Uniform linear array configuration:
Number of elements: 32
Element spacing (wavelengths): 0.75
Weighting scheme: binomial
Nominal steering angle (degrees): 15
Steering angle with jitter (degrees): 13.38
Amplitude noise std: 0.05
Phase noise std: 0.05

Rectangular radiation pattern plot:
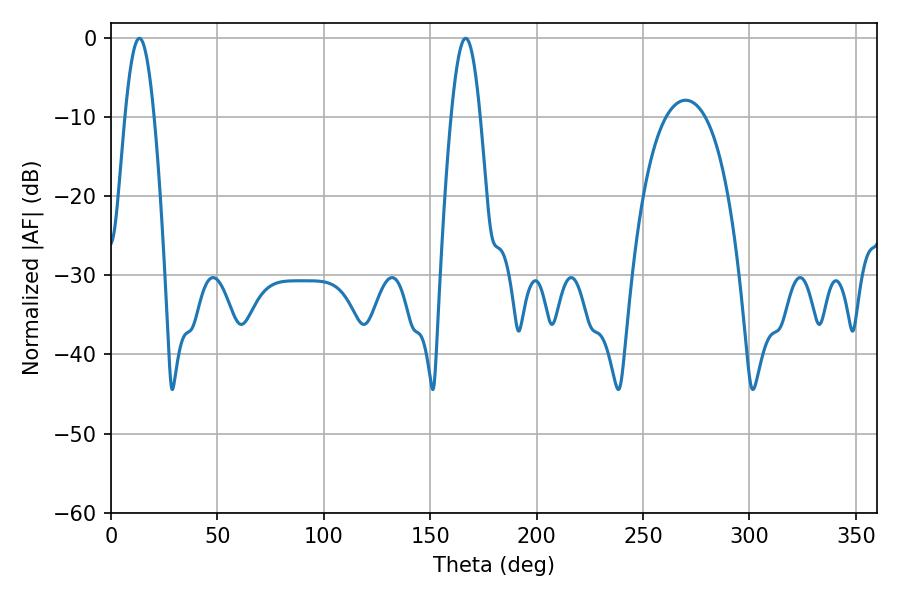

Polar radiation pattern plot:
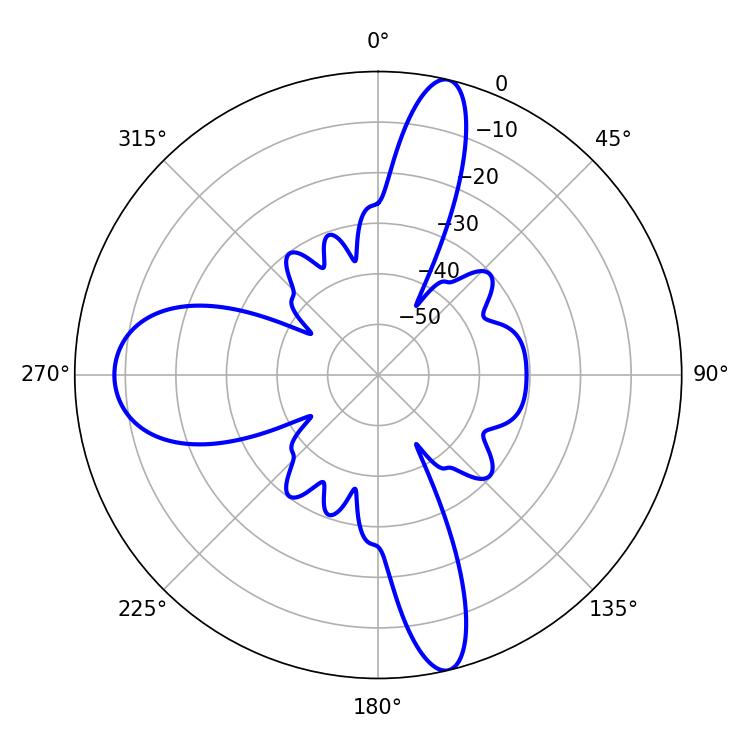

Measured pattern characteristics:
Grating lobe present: TRUE
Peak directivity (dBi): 30.237
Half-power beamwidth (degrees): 7.38
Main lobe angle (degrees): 13.32